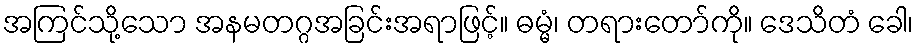
အကြင်သို့သော အနမတဂ္ဂအခြင်းအရာဖြင့်။ ဓမ္မံ၊ တရားတော်ကို။ ဒေသိတံ ခေါ၊